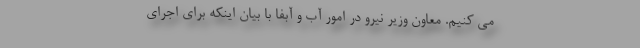
می کنیم. معاون وزیر نیرو در امور آب و آبفا با بیان اینکه برای اجرای